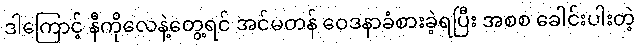
ဒါကြောင့် နီကိုလေနဲ့တွေ့ရင် အင်မတန် ဝေဒနာခံစားခဲ့ရပြီး အစစ ခေါင်းပါးတဲ့